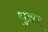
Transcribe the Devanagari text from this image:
धुसर